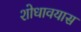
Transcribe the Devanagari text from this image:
शोधावयास